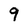
Character: 9